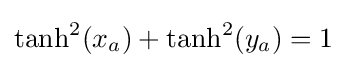
\tanh ^{2}(x_{a})+\tanh ^{2}(y_{a})=1